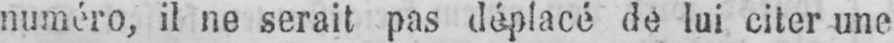
numéro, il ne serait pas déplacé de lui citer une